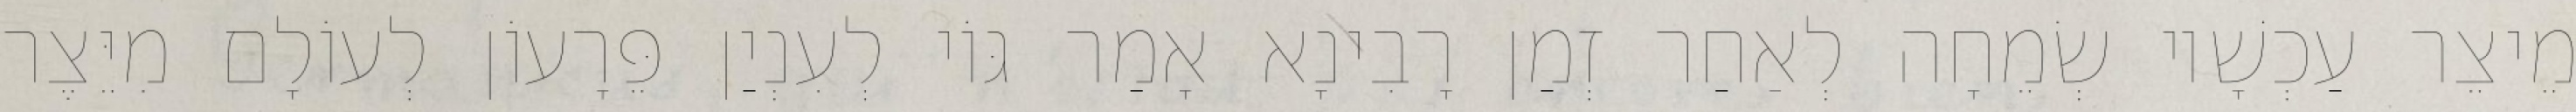
מֵיצֵר עַכְשָׁיו שְׂמֵחָה לְאַחַר זְמַן רָבִינָא אָמַר גּוֹי לְעִנְיַן פֵּרָעוֹן לְעוֹלָם מִיֵּצֶר